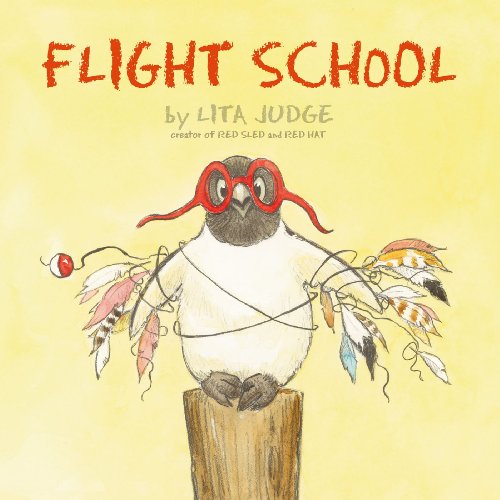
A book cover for Flight School; Lita Judge; Children's Books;